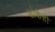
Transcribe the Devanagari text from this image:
डोकेही